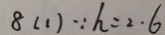
8 ( 1 ) \because h = 2 . 6